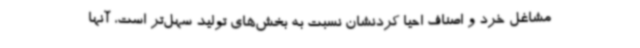
مشاغل خرد و اصناف احیا کردنشان نسبت به بخش‌های تولید سهل‌تر است، آنها